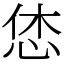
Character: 恷